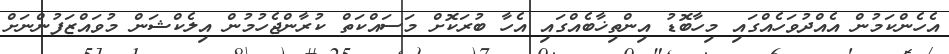
އެހެންކަމުން އެއްދުވަހެއްގައި މިހާބޮޑު އިންތިޚާބެއްގައި އެހާ ބުރަކޮށް މަސައްކަތް ކުރާންޖެހުމުން އިލެކްޝަން މުވައްޒަފުންނަށް